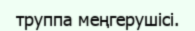
труппа меңгерушісі.